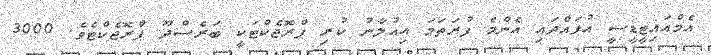
އެމްއައިޓީޑީސީ އުފައްދައި އެންމެ ފުރަތަމަ އިއުލާނު ކުރި ޕްރޮޖެކްޓަކީ ބަރެސްދޫ ޕްރޮޖެކްޓެވެ. 3000